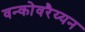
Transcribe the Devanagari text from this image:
वन्कोवरैय्यन